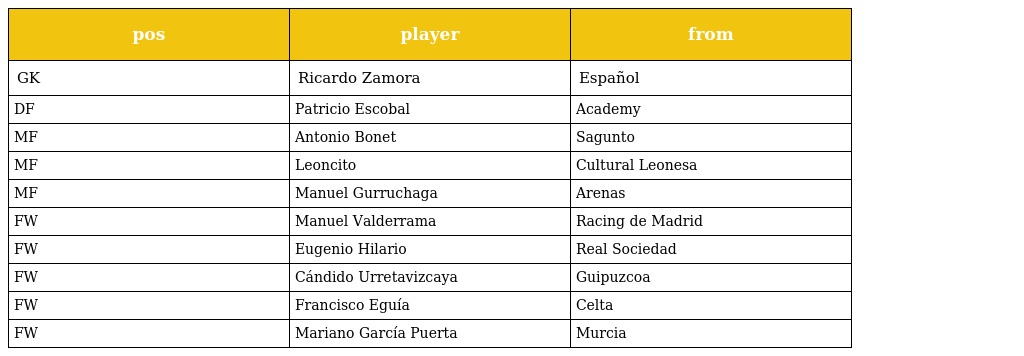
| pos | player | from |
 | --- | --- | --- |
 | GK | Ricardo Zamora | Español |
 | DF | Patricio Escobal | Academy |
 | MF | Antonio Bonet | Sagunto |
 | MF | Leoncito | Cultural Leonesa |
 | MF | Manuel Gurruchaga | Arenas |
 | FW | Manuel Valderrama | Racing de Madrid |
 | FW | Eugenio Hilario | Real Sociedad |
 | FW | Cándido Urretavizcaya | Guipuzcoa |
 | FW | Francisco Eguía | Celta |
 | FW | Mariano García Puerta | Murcia |